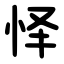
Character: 怿